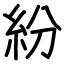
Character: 紛